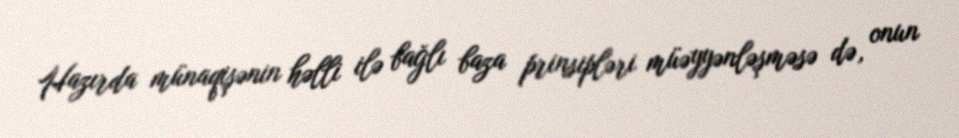
Hazırda münaqişənin həlli ilə bağlı baza prinsipləri müəyyənləşməsə də, onun